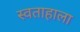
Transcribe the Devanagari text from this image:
स्वताहाला